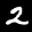
Label: 2